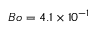
B o = 4 . 1 \times 1 0 ^ { - 1 }